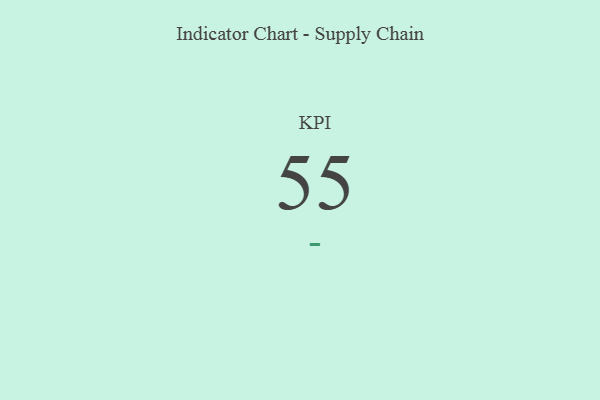
{"axis": {"x": "KPI", "y": "Value"}, "legend": [""], "data": [{"x": "KPI", "y": 55, "type": ""}]}